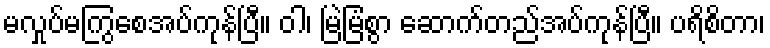
မလှုပ်မကြွစေအပ်ကုန်ပြီ။ ဝါ၊ မြဲမြံစွာ ဆောက်တည်အပ်ကုန်ပြီ။ ပရိစိတာ၊